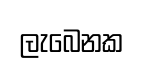
ලැබෙනක